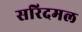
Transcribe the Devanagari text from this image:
सरिदमल